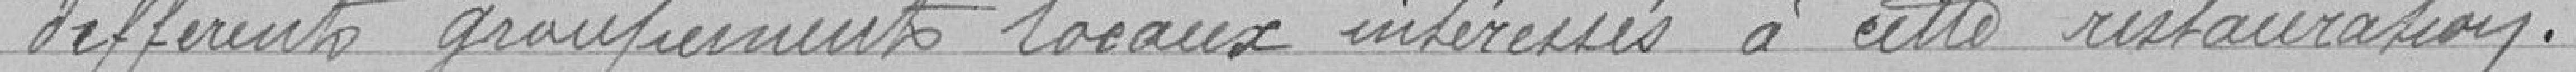
différents groupements locaux intéressés à cette restauration.